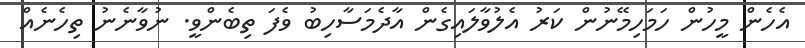
އެހެން މީހުން ހަމަހިމޭނުން ކަރު އެލުވާލައިގެން އާދެމަސާހިބު ވެފަ ތިބެންވީ. ނުވާނެނު ތިހެނެއް